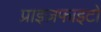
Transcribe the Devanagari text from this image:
प्राइज़फाइटों